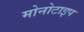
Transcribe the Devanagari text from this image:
मोनोटाइप